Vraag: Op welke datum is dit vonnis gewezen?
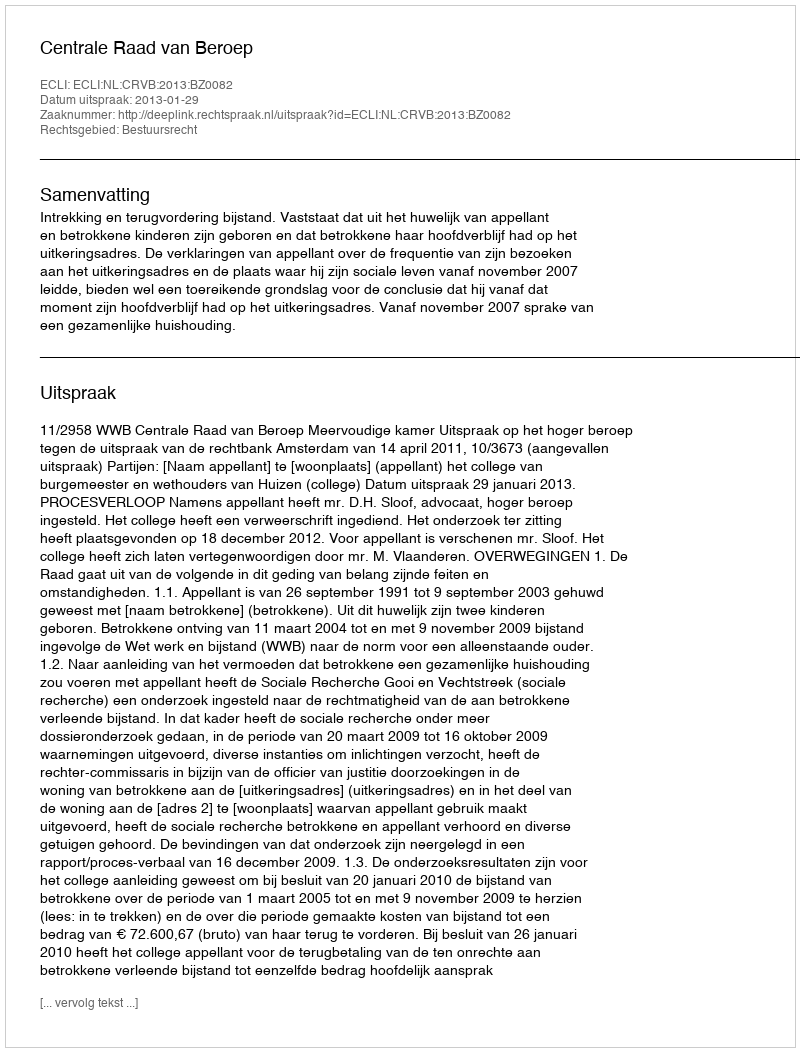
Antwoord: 2013-01-29